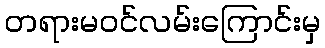
တရားမဝင်လမ်းကြောင်းမှ